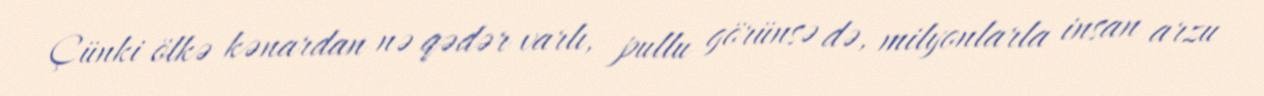
Çünki ölkə kənardan nə qədər varlı, pullu görünsə də, milyonlarla insan arzu